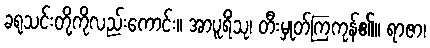
ခရုသင်းတို့ကိုလည်းကောင်း။ အာပူရိံသု၊ တီးမှုတ်ကြကုန်၏။ ရာဇာ၊